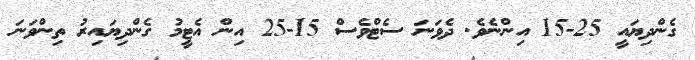
ގެންދިޔައީ 25-15 އިންނެވެ. ދެވަނަ ސެޓްވެސް 15-25 އިން އެޓީމު ގެންދިޔައިރު ތިންވަނަ